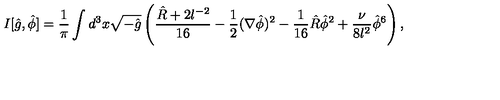
I [ \hat { g } , \hat { \phi } ] = \frac { 1 } { \pi } \int d ^ { 3 } x \sqrt { - \hat { g } } \left( \frac { \hat { R } + 2 l ^ { - 2 } } { 1 6 } - \frac { 1 } { 2 } ( \nabla \hat { \phi } ) ^ { 2 } - \frac { 1 } { 1 6 } \hat { R } \hat { \phi } ^ { 2 } + \frac { \nu } { 8 l ^ { 2 } } \hat { \phi } ^ { 6 } \right) ,